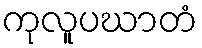
ကုလူပဃာတံ